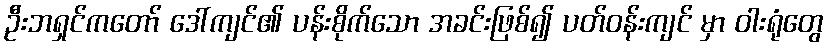
ဦးဘရှင်ကတော် ဒေါ်ကျင်၏ ပန်းစိုက်သော အခင်းဖြစ်၍ ပတ်ဝန်းကျင် မှာ ဝါးရုံတွေ